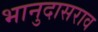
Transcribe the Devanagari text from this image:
भानुदासराव